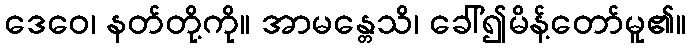
ဒေဝေ၊ နတ်တို့ကို။ အာမန္တေသိ၊ ခေါ်၍မိန့်တော်မူ၏။